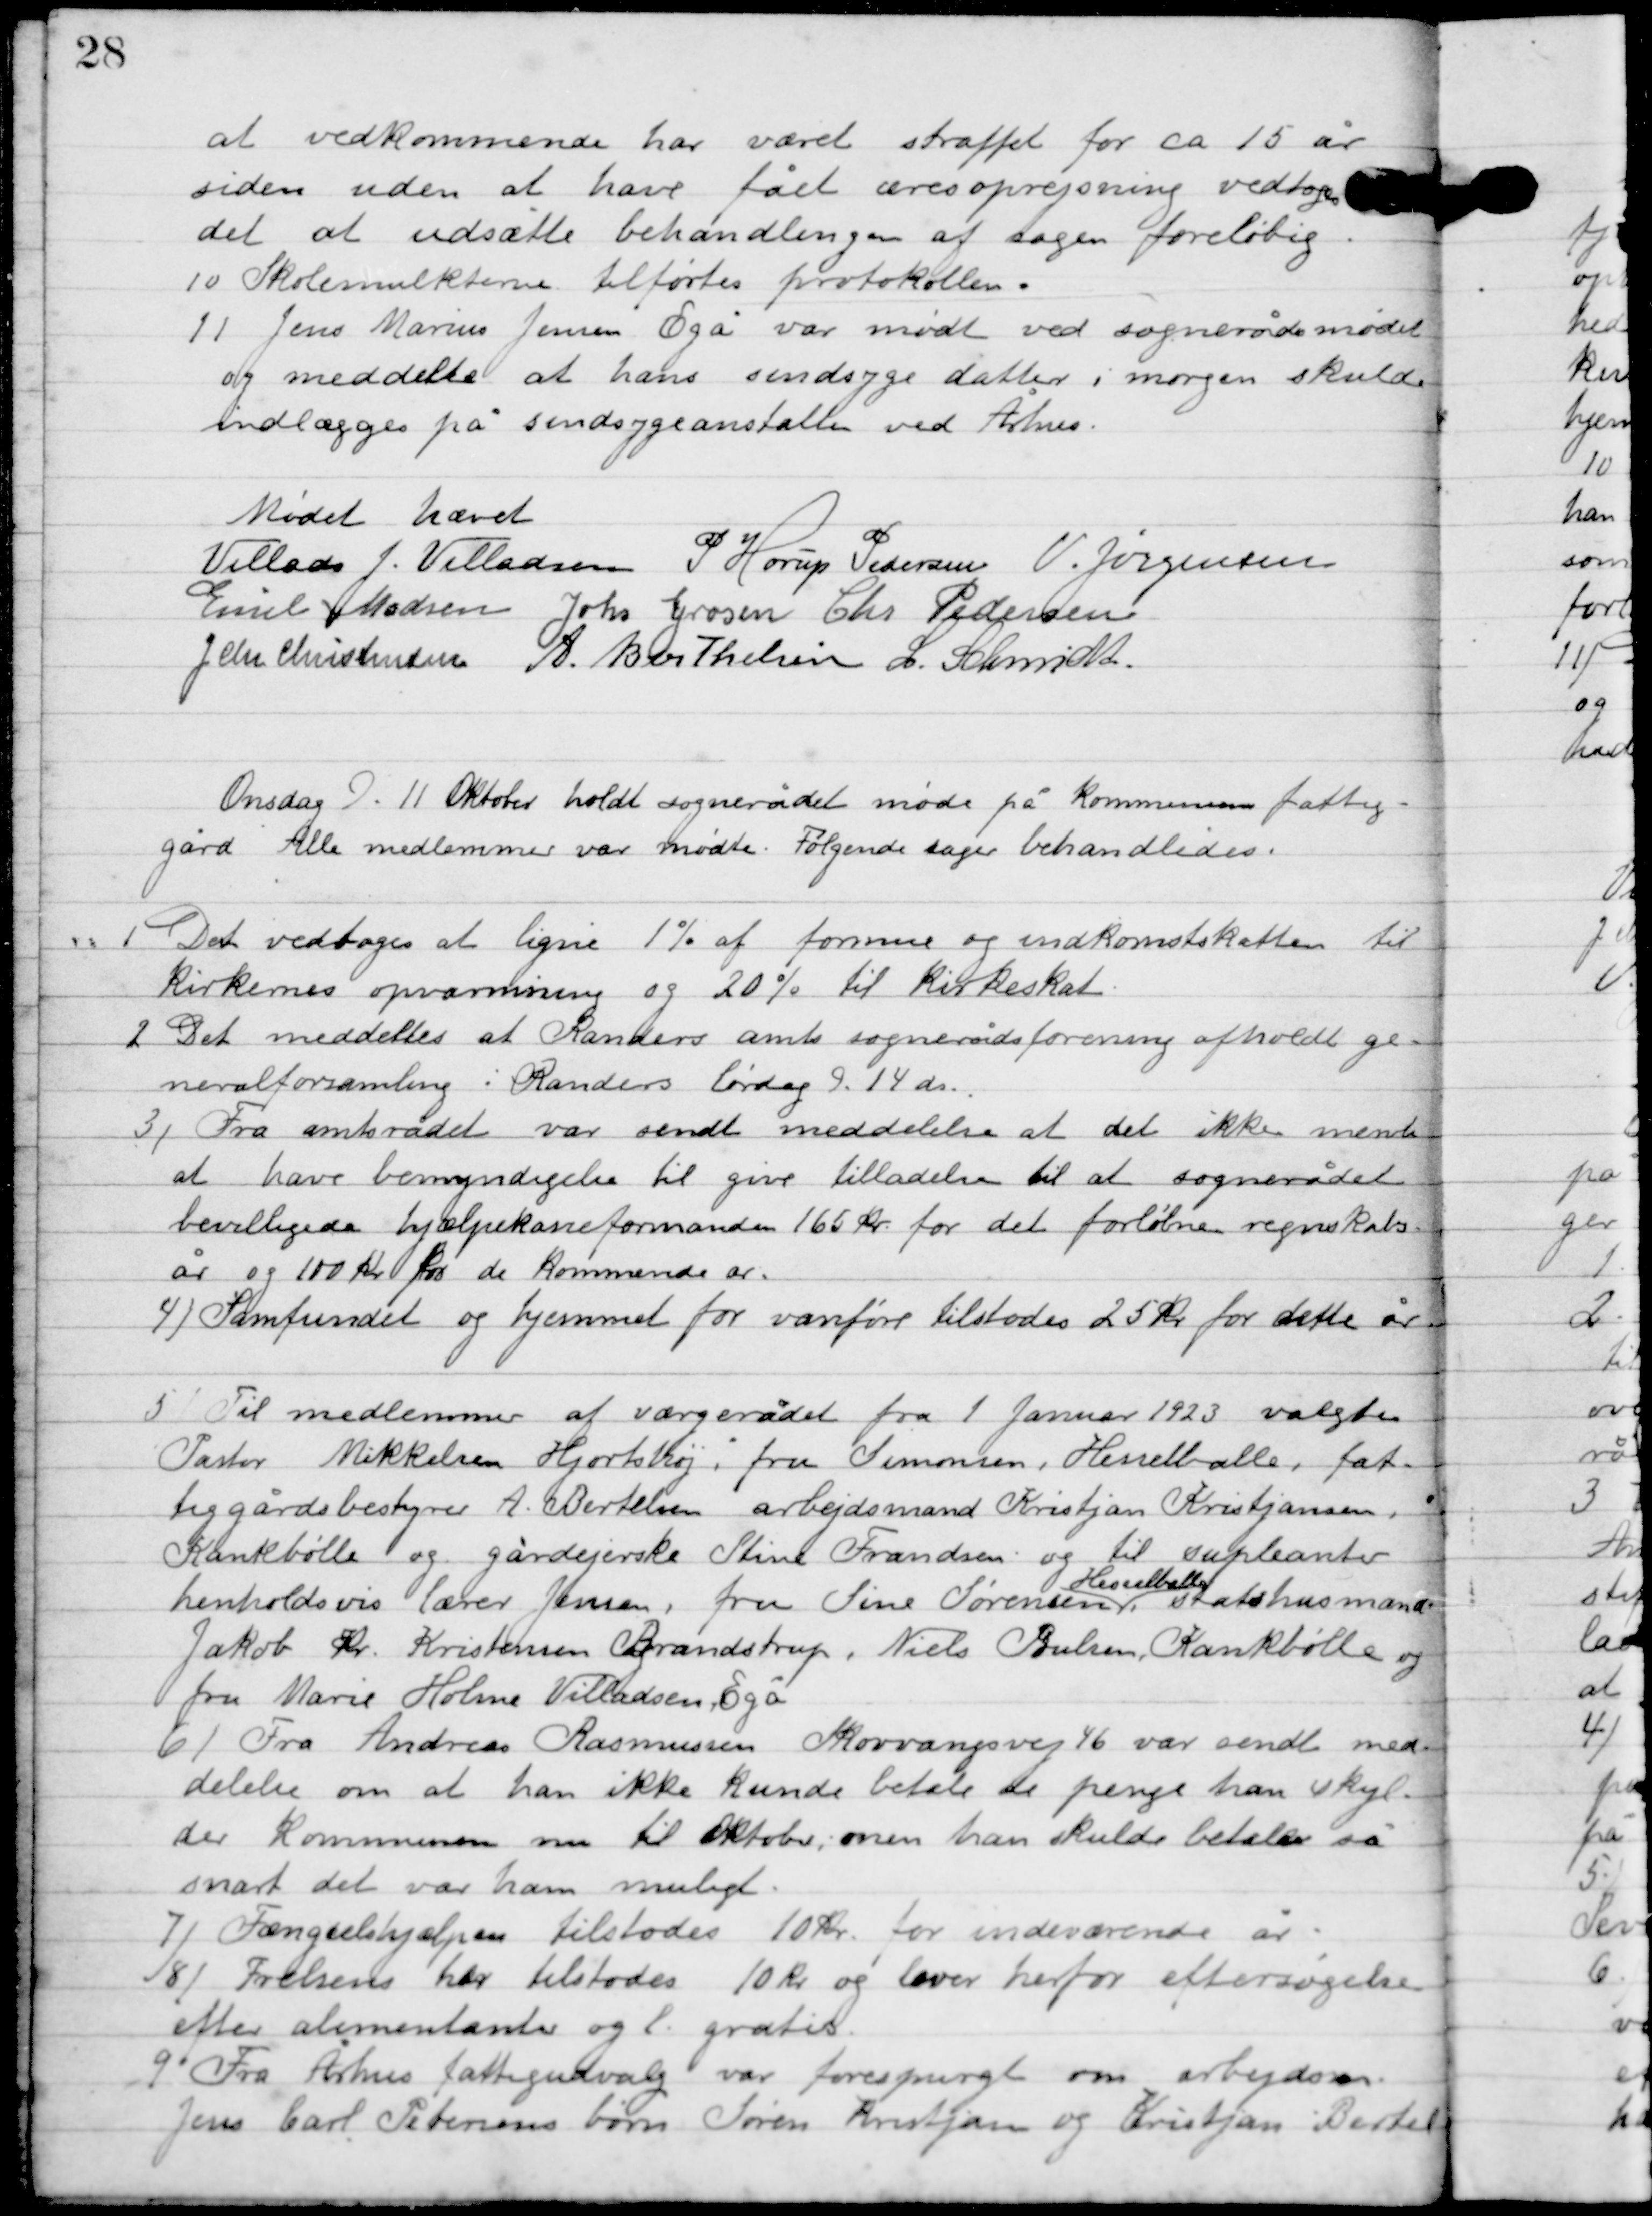
Transskription:
at vedkommende har været straffet for ca. 15 år
siden uden at have fået æresoprejsning vedtoges
det at udsætte behandlingen af sagen foreløbig.

1

Skolemulkterne tilførtes protokollen.

2

Jens Marius Jensen Egå var mødt ved sognerådsmødet 
og meddelte at hans sindsyge datter i morgen skulde 
indlægges på sindsygeanstalten ved Århus.

Mødet hævet

Villads J. Villadsen
P. Horup Pedersen
V. Jørgensen
Emil Madsen
Johs. Grosen
Chr. Pedersen
I. Chr. Christensen
A. Berthelsen
L. Schmidt

Onsdag D. 11. Oktober holdt sognerådet møde på kommunens fattig-
gården. Alle medlemmer var mødte. Følgende sager behandledes.

1

Det vedtoges at ligne 1 % af formue og indkomstskatten til
kirkernes opvarmning og 20 % til kirkeskat.

2

Det meddeltes at Randers amts sognerådsforening afholdt ge-
neralforsamling i Randers lørdag 9.14 ds.

3

Fra amtsrådet var sendt meddelelse at det ikke mente
at have bemyndigelse til give tilladelse til at sognerådet
bevilligede hjælpekasseforstmanden 165 kr. for det forløbne regnskabs-
år og 100 kr. for de kommende år.

4

Samfundet og hjemmet for vanføre tilstodes 25 kr. for dette år.

5

Til medlemmer af værgerådet fra 1. Januar 1923 valgtes
Pastor Mikkelsen Hjortshøj i fru Simonsne, Hesselballe, fat-
tiggårdens bestyrer A. Bertelsen arbejdsmand Kristjan Kristjansen,
Kankbølle og gårdejerenke Stine Frandsen og til suppleanter
henholdsvis lærer Jensen, fru Sine Sørensen
Hesselballe
,statshusmand
Jakob Kr. Kristensen Brandstrup. Niels Pulsen. Krankbølle og
fru Marie Holme Villadsen Egå.

6

Fra Andreas Rasmussen Skovvangsvej 46 var sendt med-
delelse om at han ikke kunde betale de penge han skyl-
der Kommunen nu til Oktober, men han skulde betale så
snart det var ham muligt.

7

Fængselshjælpen tilstodes 10 kr. for indeværende år.

8

Frelsens hær tilstodes 10 kr. og lover herfor eftersøgelse
efter alimentanter og l. gratis.

9

Fra Århus fattigudvalg var forespurgt om arbejdsm.
Jens Carl Petersens børn Søren Kristjans og Kristjan Bertel